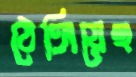
ঠেঙ্গিয়েছ